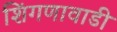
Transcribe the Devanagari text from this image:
शिंगणावाडी